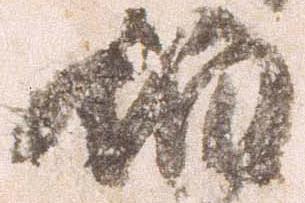
伯